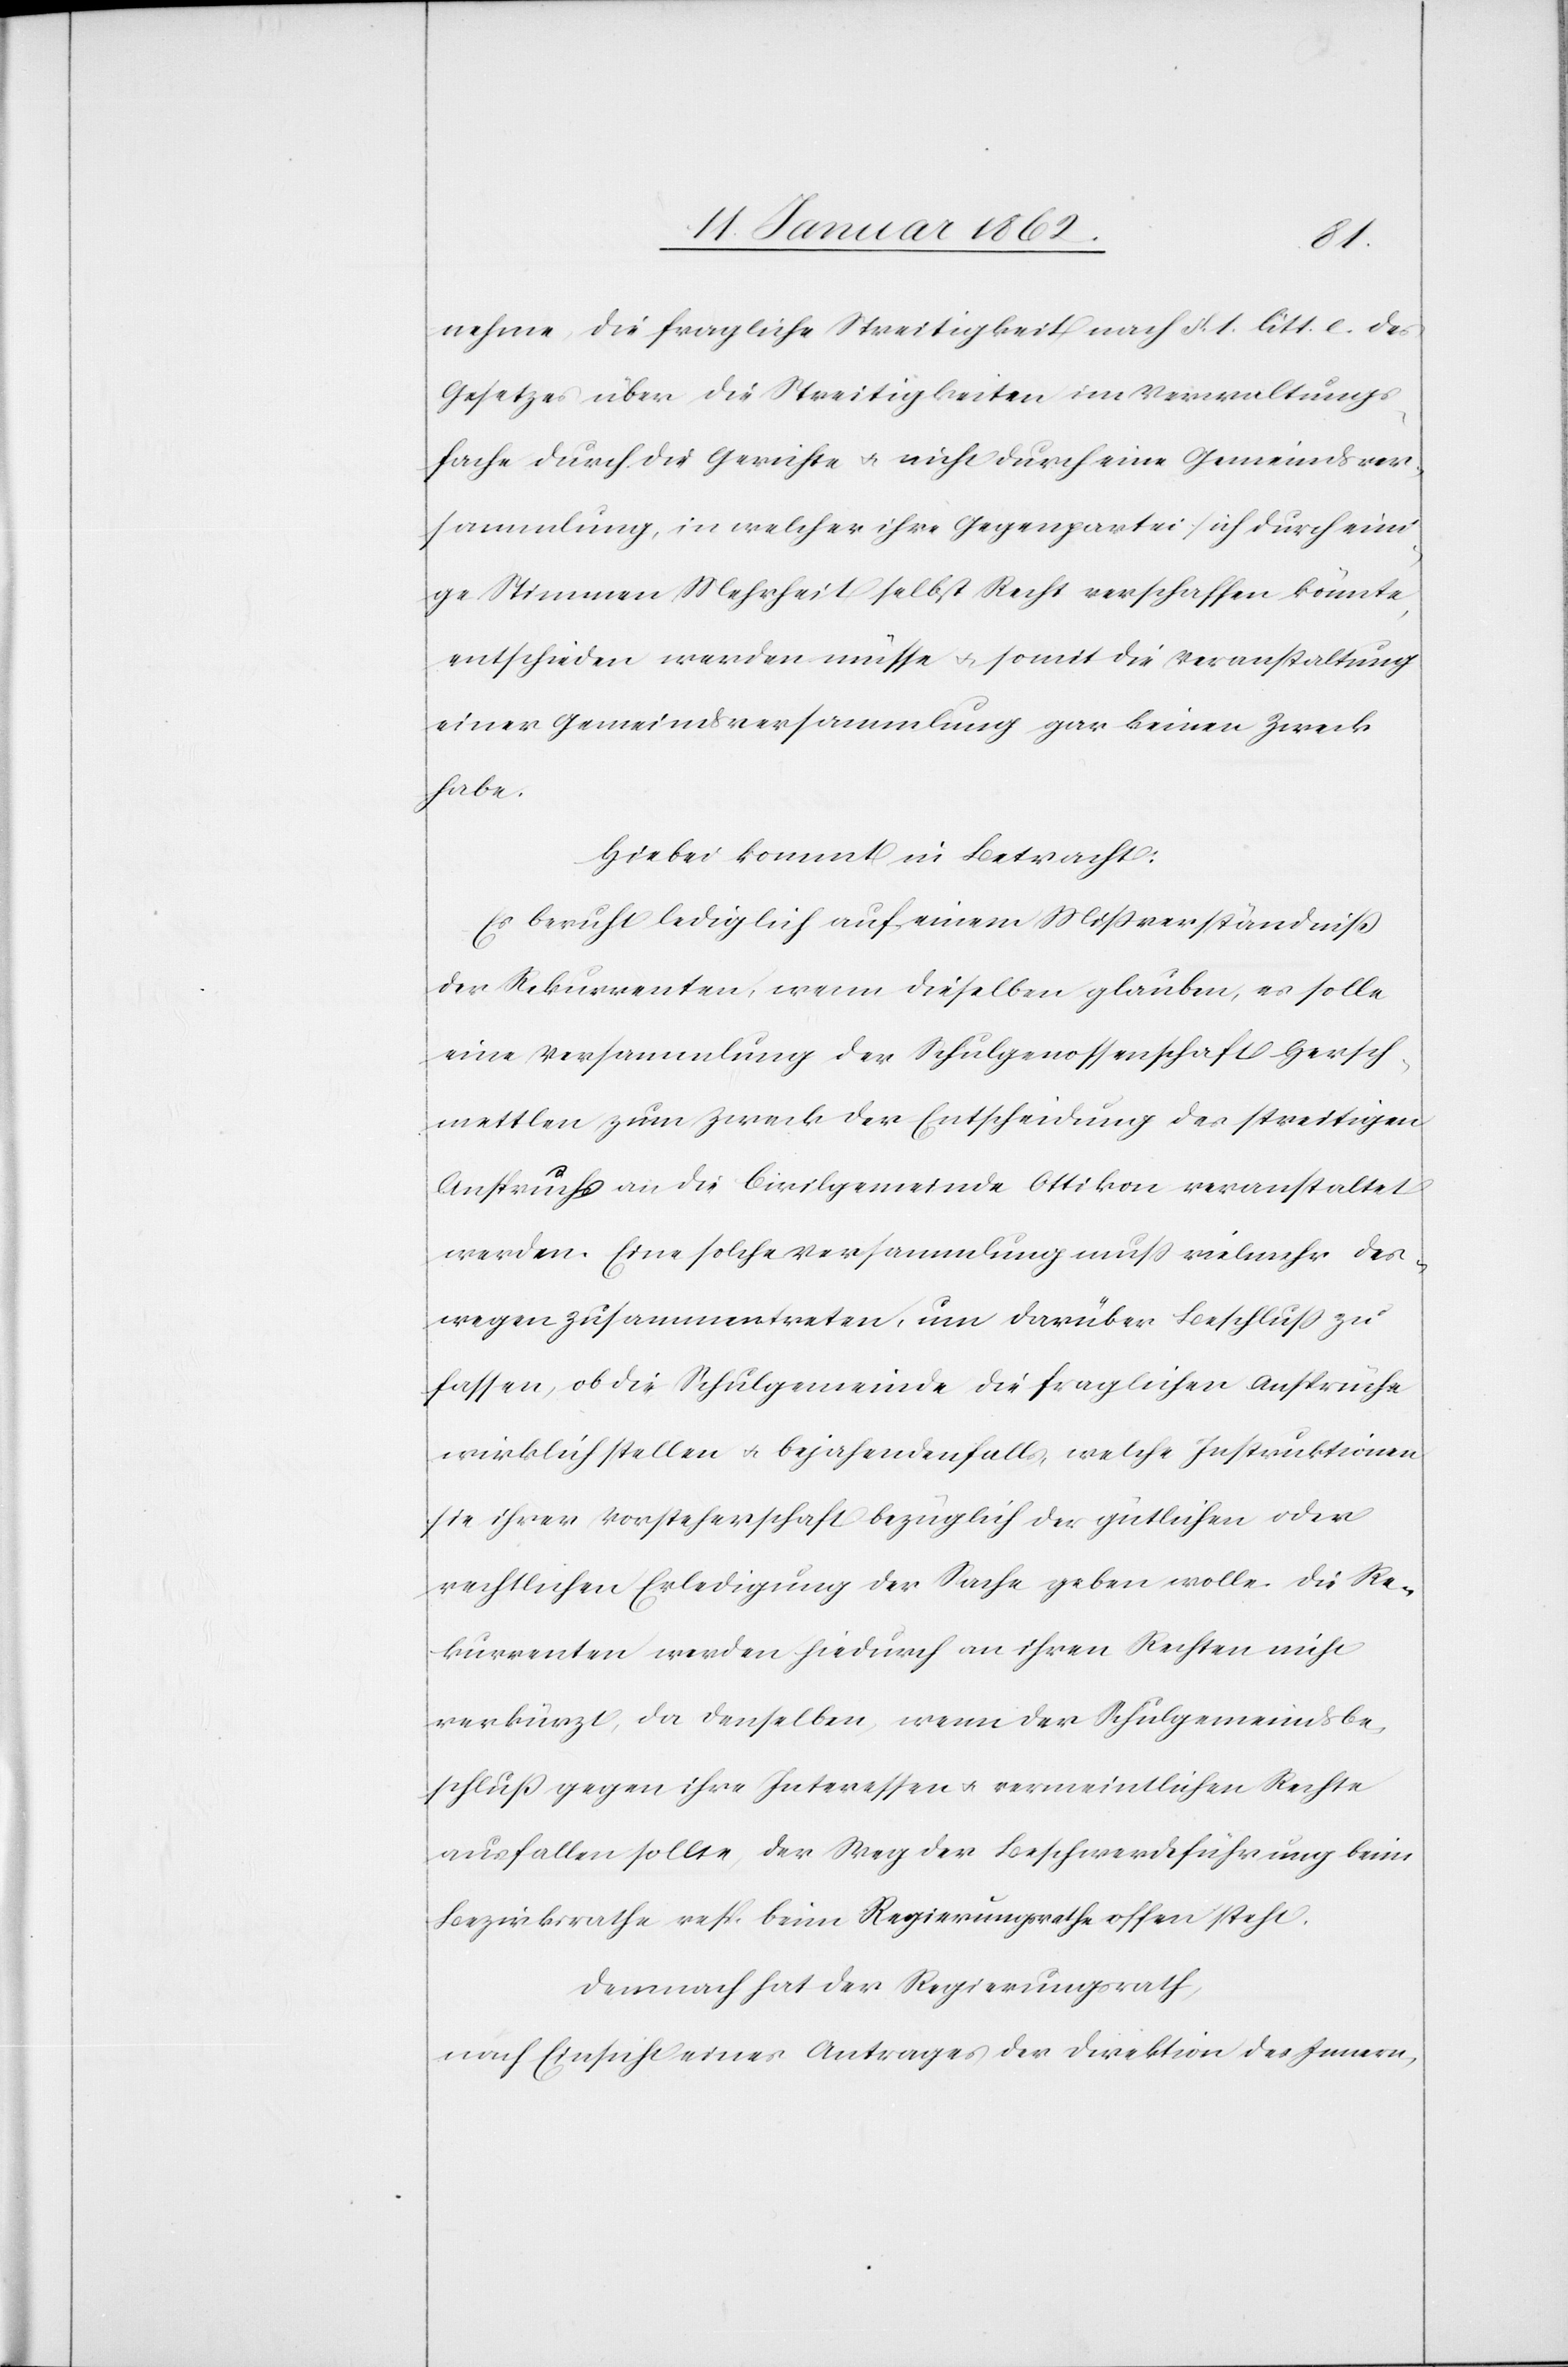
nehme, die fragliche Streitigkeit nach §. 1. litt. e. des
Gesetzes über die Streitigkeiten im Verwaltungs¬
fache durch die Gerichte u. nicht durch eine Gemeindsver¬
sammlung, in welcher ihre Gegenpartei sich durch eini¬
ge Stimmen Mehrheit selbst Recht verschaffen könnte,
entschieden werden müsse u. somit die Veranstaltung
einer Gemeindsversammlung gar keinen Zweck
habe.
Hiebei kommt in Betracht:
Es beruht lediglich auf einem Mißverständniß
der Rekurrenten, wenn dieselben glauben, es solle
eine Versammlung der Schulgenossenschaft Hersch¬
mettlen zum Zweck der Entscheidung des streitigen
Anspruchs an die Civilgemeinde Ottikon veranstaltet
werden. Eine solche Versammlung muß vielmehr des¬
wegen zusammentreten, um darüber Beschluß zu
fassen, ob die Schulgemeinde die fraglichen Ansprüche
wirklich stellen u. bejahendenfalls, welche Instruktionen
sie ihrer Vorsteherschaft bezüglich der gütlichen oder
rechtlichen Erledigung der Sache geben wolle. Die Re¬
kurrenten werden hiedurch an ihren Rechten nicht
verkürzt, da denselben, wenn der Schulgemeindsbe¬
schluß gegen ihre Interessen u. vermeintlichen Rechte
ausfallen sollte, der Weg der Beschwerdeführung beim
Bezirksrathe resp. beim Regierungsrathe offen steht.
Demnach hat der Regierungsrath,
nach Einsicht eines Antrages der Direktion des Innern,